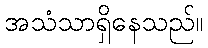
အသံသာရှိနေသည်။